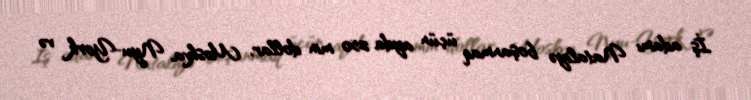
İş adamı Nataliyə boşanmaq üçün ayda 250 min dollar, Moskva, Nyu-York və